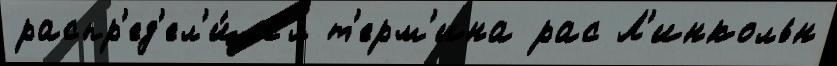
распр'ед'ел'и́лс'я т'ерм'ина рас Л'инкольн